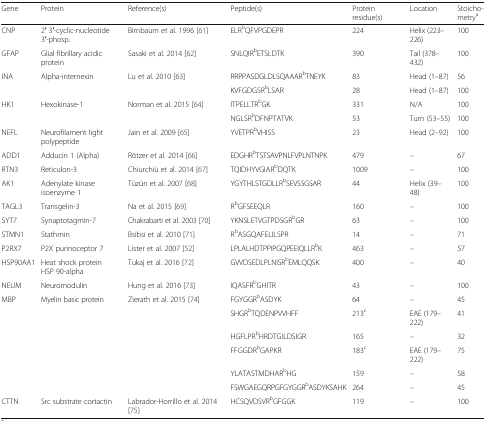
<table><thead><tr><td><b>Gene</b></td><td><b>Protein</b></td><td><b>Reference(s)</b></td><td><b>Peptide(s)</b></td><td><b>Protein residue(s)</b></td><td><b>Location</b></td><td><b>Stoicho-metry<sup>a</sup></b></td></tr></thead><tbody><tr><td>CNP</td><td>2′ 3′-cyclic-nucleotide 3′-phosp.</td><td>Birnbaum et al. 1996 [61]</td><td>ELR<sup>b</sup>QFVPGDEPR</td><td>224</td><td>Helix (223–226)</td><td>100</td></tr><tr><td>GFAP</td><td>Glial fibrillary acidic protein</td><td>Sasaki et al. 2014 [62]</td><td>SNLQIR<sup>b</sup>ETSLDTK</td><td>390</td><td>Tail (378–432)</td><td>100</td></tr><tr><td rowspan="2">INA</td><td rowspan="2">Alpha-internexin</td><td rowspan="2">Lu et al. 2010 [63]</td><td>RRPPASDGLDLSQAAAR<sup>b</sup>TNEYK</td><td>83</td><td>Head (1–87)</td><td>56</td></tr><tr><td>KVFGDGSR<sup>b</sup>LSAR</td><td>28</td><td>Head (1–87)</td><td>100</td></tr><tr><td rowspan="2">HK1</td><td rowspan="2">Hexokinase-1</td><td rowspan="2">Norman et al. 2015 [64]</td><td>ITPELLTR<sup>b</sup>GK</td><td>331</td><td>N/A</td><td>100</td></tr><tr><td>NGLSR<sup>b</sup>DFNPTATVK</td><td>53</td><td>Turn (53–55)</td><td>100</td></tr><tr><td>NEFL</td><td>Neurofilament light polypeptide</td><td>Jain et al. 2009 [65]</td><td>YVETPR<sup>b</sup>VHISS</td><td>23</td><td>Head (2–92)</td><td>100</td></tr><tr><td>ADD1</td><td>Adducin 1 (Alpha)</td><td>Rötzer et al. 2014 [66]</td><td>EDGHR<sup>b</sup>TSTSAVPNLFVPLNTNPK</td><td>479</td><td>–</td><td>67</td></tr><tr><td>RTN3</td><td>Reticulon-3</td><td>Chiurchiù et al. 2014 [67]</td><td>TQIDHYVGIAR<sup>b</sup>DQTK</td><td>1009</td><td>–</td><td>100</td></tr><tr><td>AK1</td><td>Adenylate kinase isoenzyme 1</td><td>Tüzün et al. 2007 [68]</td><td>YGYTHLSTGDLLR<sup>b</sup>SEVSSGSAR</td><td>44</td><td>Helix (39–48)</td><td>100</td></tr><tr><td>TAGL3</td><td>Transgelin-3</td><td>Na et al. 2015 [69]</td><td>R<sup>b</sup>GFSEEQLR</td><td>160</td><td>–</td><td>100</td></tr><tr><td>SYT7</td><td>Synaptotagmin-7</td><td>Chakrabarti et al. 2003 [70]</td><td>YKNSLETVGTPDSGR<sup>b</sup>GR</td><td>63</td><td>–</td><td>100</td></tr><tr><td>STMN1</td><td>Stathmin</td><td>Bsibsi et al. 2010 [71]</td><td>R<sup>b</sup>ASGQAFELILSPR</td><td>14</td><td>–</td><td>71</td></tr><tr><td>P2RX7</td><td>P2X purinoceptor 7</td><td>Lister et al. 2007 [52]</td><td>LPLALHDTPPIPGQPEEIQLLR<sup>b</sup>K</td><td>463</td><td>–</td><td>57</td></tr><tr><td>HSP90AA1</td><td>Heat shock protein HSP 90-alpha</td><td>Tukaj et al. 2016 [72]</td><td>GVVDSEDLPLNISR<sup>b</sup>EMLQQSK</td><td>400</td><td>–</td><td>40</td></tr><tr><td>NEUM</td><td>Neuromodulin</td><td>Hung et al. 2016 [73]</td><td>IQASFR<sup>b</sup>GHITR</td><td>43</td><td>–</td><td>100</td></tr><tr><td rowspan="6">MBP</td><td rowspan="6">Myelin basic protein</td><td rowspan="6">Zierath et al. 2015 [74]</td><td>FGYGGR<sup>b</sup>ASDYK</td><td>64</td><td>–</td><td>45</td></tr><tr><td>SHGR<sup>b</sup>TQDENPVVHFF</td><td>213<sup>c</sup></td><td>EAE (179–222)</td><td>41</td></tr><tr><td>HGFLPR<sup>b</sup>HRDTGILDSIGR</td><td>165</td><td>–</td><td>32</td></tr><tr><td>FFGGDR<sup>b</sup>GAPKR</td><td>183<sup>c</sup></td><td>EAE (179–222)</td><td>75</td></tr><tr><td>YLATASTMDHAR<sup>b</sup>HG</td><td>159</td><td>–</td><td>58</td></tr><tr><td>FSWGAEGQRPGFGYGGR<sup>b</sup>ASDYKSAHK</td><td>264</td><td>–</td><td>45</td></tr><tr><td>CTTN</td><td>Src substrate cortactin</td><td>Labrador-Horrillo et al. 2014 [75]</td><td>HCSQVDSVR<sup>b</sup>GFGGK</td><td>119</td><td>–</td><td>100</td></tr></tbody></table>